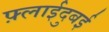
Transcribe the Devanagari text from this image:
फ़्लाईदुबई